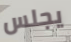
يجلس